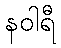
နဝါရီ